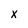
Character: x